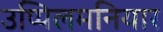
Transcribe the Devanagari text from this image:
उप्पिलमनियार